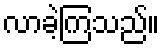
လာခဲ့ကြသည်။